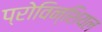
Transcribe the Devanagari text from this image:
प्रोविन्शियल